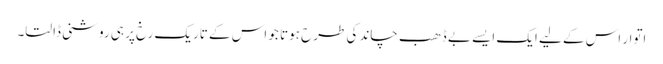
اتوار اس کے لیے ایک ایسے بے ڈھب چاند کی طرح ہوتا جو اس کے تاریک رخ پر ہی روشنی ڈالتا۔